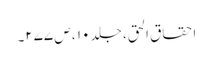
احقاق الحق، جلد ۱۰ ، ص ۲۷۷۔